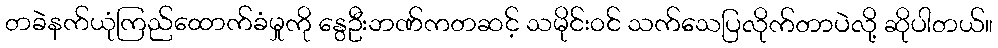
တခဲနက်ယုံကြည်ထောက်ခံမှုကို နွေဦးဘဏ်ကတဆင့် သမိုင်းဝင် သက်သေပြလိုက်တာပဲလို့ ဆိုပါတယ်။